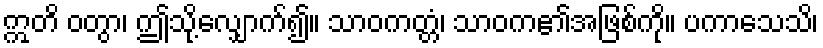
ဣတိ ဝတွာ၊ ဤသို့လျှောက်၍။ သာဝကတ္တံ၊ သာဝက၏အဖြစ်ကို။ ပကာသေသိ၊